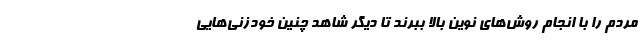
مردم را با انجام روش‌های نوین بالا ببرند تا دیگر شاهد چنین خودزنی‌هایی